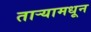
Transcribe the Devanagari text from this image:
ताऱ्यामधून